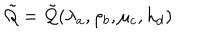
\tilde { { \cal Q } } = \tilde { { \cal Q } } ( \lambda _ { a } , \rho _ { b } , \mu _ { c } , h _ { d } )